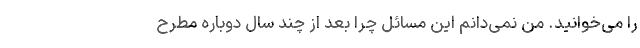
را می‌خوانید. من نمی‌دانم این مسائل چرا بعد از چند سال دوباره مطرح